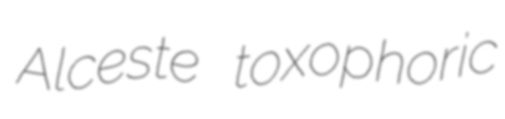
Alceste toxophoric